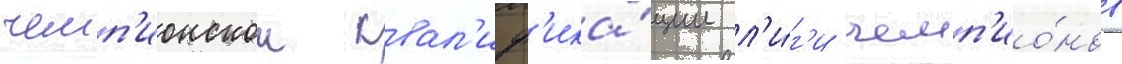
чемп'ионскои квал'иф'ика́ции л'и́г'и чемп'ио́нов